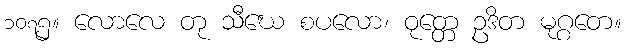
၁၀၇၅။ လောလေ တု သီဃေ စပလော၊ ဝုတ္တေ ဥဒိတ မုဂ္ဂတေ။